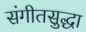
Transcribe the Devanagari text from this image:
संगीतसुद्धा